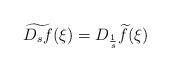
LaTeX: \begin{align*}\widetilde{D_s f} (\xi) = D_{\frac{1}{s}} \widetilde{f} (\xi)\end{align*}